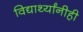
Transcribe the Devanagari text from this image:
विद्यार्थ्यांनीही